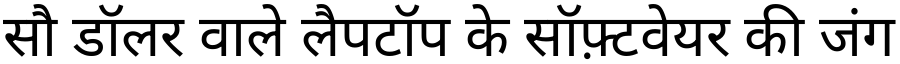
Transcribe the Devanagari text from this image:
सौ डॉलर वाले लैपटॉप के सॉफ़्टवेयर की जंग